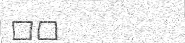
٢٣